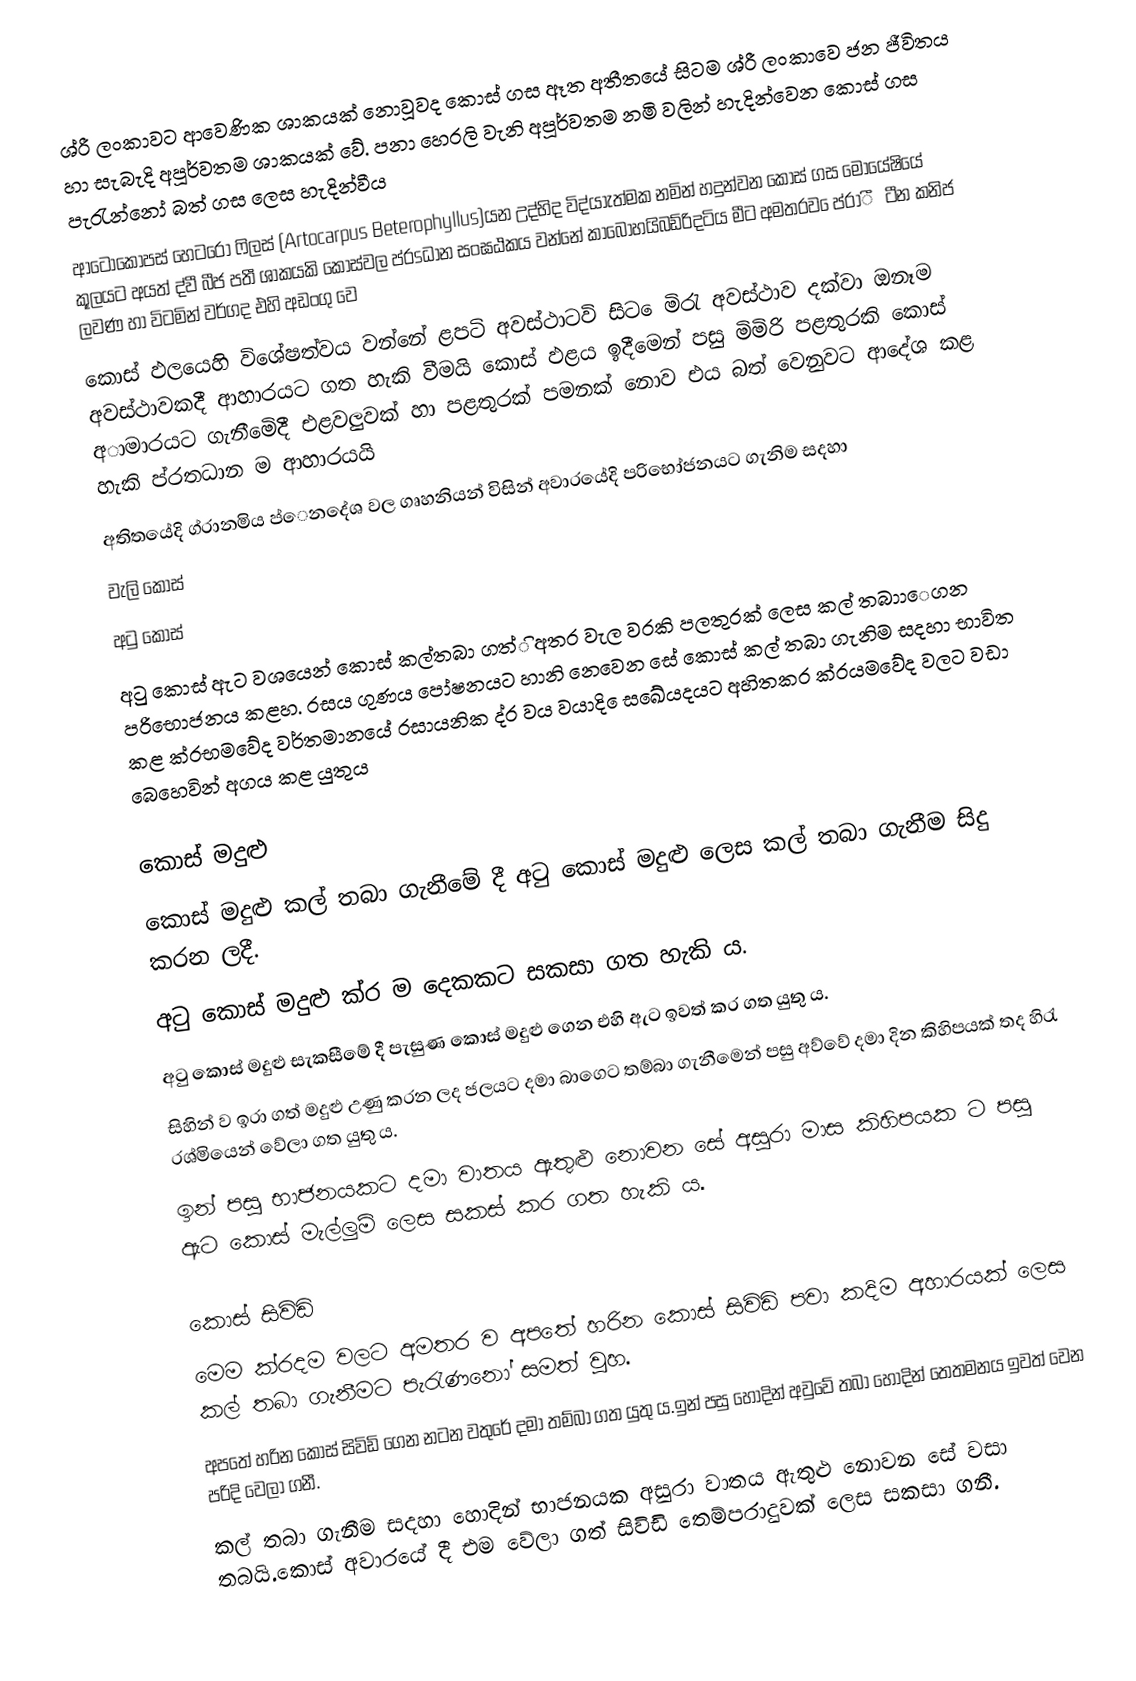
ශ්රී  ලංකාව‍ට ආවෙණික ශාකයක් නොවූවද කොස් ගස ඈත අතීතයේ සිටම ශ්රී  ලංකාවෙ ජන ජීවිතය හා සැබැදි අපූර්වතම ශාකයක් වේ.  පනා හෙරලි වැනි අපූර්වතම නමි වලින් හැදින්වෙන කොස් ගස පැරැන්නෝ බත් ගස ලෙස හැදින්වීය
ආටොකොපස් හෙටරො‍ ෆිලස් (Artocarpus Beterophyllus)යන උද්භිද විද්යාැත්මක නමින් හදුන්වන කොස් ගස මොයේෂියේ කූලයට අයත් ද්වී බීජ පතී ශාකයකි කොස්වල ප්රsධාන සංඝඨකය වන්නේ කාබෝහයිබඩ්රිදටිය මීට අමතරව ‍‍ෙප්රාීටීන කනිජ ලවණ හා විටමින් වර්ගද එහි අඩංගු වෙ
කොස් ඵලයෙහි විශේෂත්වය වන්නේ ළපටි අවස්ථාටවි සිට ‍ෙමිරැ අවස්ථාව දක්වා ඔනෑම අවස්ථාවකදී ආහාරයට ගත හැකි වීමයි කොස් ඵළය ඉදීමෙන් පසු මිමිරි පළතුරකි කොස් අාමාරයට ගැනීමෙිදී එළවලුවක් හා පළතුරක් පමනක් නොව එය බත් වෙනුවට ආදේශ කළ හැකි ප්රතධාන ම ආහාරයයි
අතිතයේදි ග්රානමිය ප්‍ෙනදේශ වල ගෘහනියන් විසින් අවාරයේදි පරිභෝජනයට ගැනිම සදහා
වැලි කොස්
අටු කොස්
අටු කොස් ඇට වශයෙන් කොස් කල්තබා ගත්ි අතර වැල වරකි පලතුරක් ලෙස කල් තබා‍ාෙගන පරිභොජනය කළහ.  රසය ගුණය පෝෂනයට හානි නෙවෙන සේ කොස් කල් තබා ගැනිම සදහා භාවිත කළ ක්රභමවේද වර්තමානයේ රසායනික ද්ර වය වයාදි ‍ෙසඛේයදයට අහිතකර ක්රයමවේද වලට වඩා බෙහෙවින් අගය කළ යුතුය

කොස් මදුළු
කොස් මදුළු කල් තබා ගැනීමේ දී අටු කොස් මදුළු ලෙස කල් තබා ගැනීම සිදු කරන ලදී.
අටු කොස් මදුළු ක්ර ම දෙකකට සකසා ගත හැකි ය.
අටු කොස් මදුළු සැකසීමේ දී පැසුණ කොස් මදුළු ගෙන එහි ඇට ඉවත් කර ගත යුතු ය.
සිහින් ව ඉරා ගත් මදුළු උණු කරන ලද ජලයට දමා බාගෙට තම්බා ගැනීමෙන් පසු අව්වේ දමා දින කිහිපයක් තද හිරැ රශ්මියෙන් වේලා ගත යුතු ය.
ඉන් පසු භාජනයකට දමා වාතය ඇතුළු නොවන සේ අසුරා මාස කිහිපයක ට පසු ඇට කොස් මැල්ලුම් ලෙස සකස් කර ගත හැකි ය.

  කොස් සිවිඩි
මෙම ක්රදම වලට අමතර ව අපතේ හරින කොස් සිවිඩි පවා කදිම අහාරයක් ලෙස කල් තබා ගැනීමට පැරැණනෝ සමත් වූහ.
අපතේ හරින කොස් සිවිඩි ගෙන නටන වතුරේ දමා තම්බා ගත යුතු ය.ඉන් පසු හොදින් අවුවේ තබා හොදින් තෙතමනය ඉවත් වෙන පරිදි වෙලා ගනී.
කල් තබා ගැනීම සදහා හොදින් භාජනයක අසුරා වාතය ඇතුළු නොවන සේ වසා තබයි.කොස් අවාරයේ දී එම වේලා ගත් සිවිඩි තෙම්පරාදුවක් ලෙස සකසා ගනී.